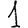
Digit: 1